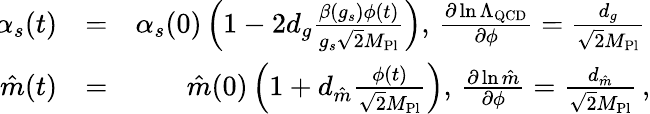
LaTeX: \begin{array}{rlr}{\! \! \alpha_{s}(t)}&{=}&{\alpha_{s}(0)\left(1-2d_{g}\frac{\beta(g_{s})\phi(t)}{g_{s}\sqrt{2}M_{\mathrm{Pl}}}\right),\, \frac{\partial\ln\Lambda_{\mathrm{QCD}}}{\partial\phi}=\frac{d_{g}}{\sqrt{2}M_{\mathrm{Pl}}}\, }\\ {\hat{m}(t)}&{=}&{\hat{m}(0)\left(1+d_{\hat{m}}\frac{\phi(t)}{\sqrt{2}M_{\mathrm{Pl}}}\right),\, \frac{\partial\ln\hat{m}}{\partial\phi}=\frac{d_{\hat{m}}}{\sqrt{2}M_{\mathrm{Pl}}}\, ,}\end{array}